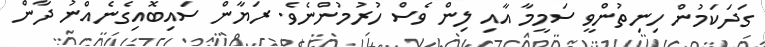
ގަދަކަމުން ހިނިތުންވީ ސަމީމާ އާއި ލިން ވެސް ހުރުމުންނެވެ. ރަޔާން ސައިބޮއިގެނެއްނު ދާން